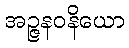
အဉ္ဇနဝနိယော